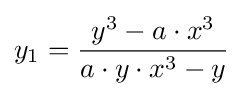
y_{1}={\frac {y^{3}-a\cdot x^{3}}{a\cdot y\cdot x^{3}-y}}